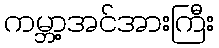
ကမ္ဘာ့အင်အားကြီး